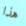
هذا